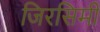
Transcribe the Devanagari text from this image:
जिरसिमी